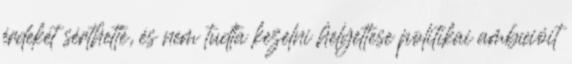
érdekét sérthette, és nem tudta kezelni helyettese politikai ambícióit